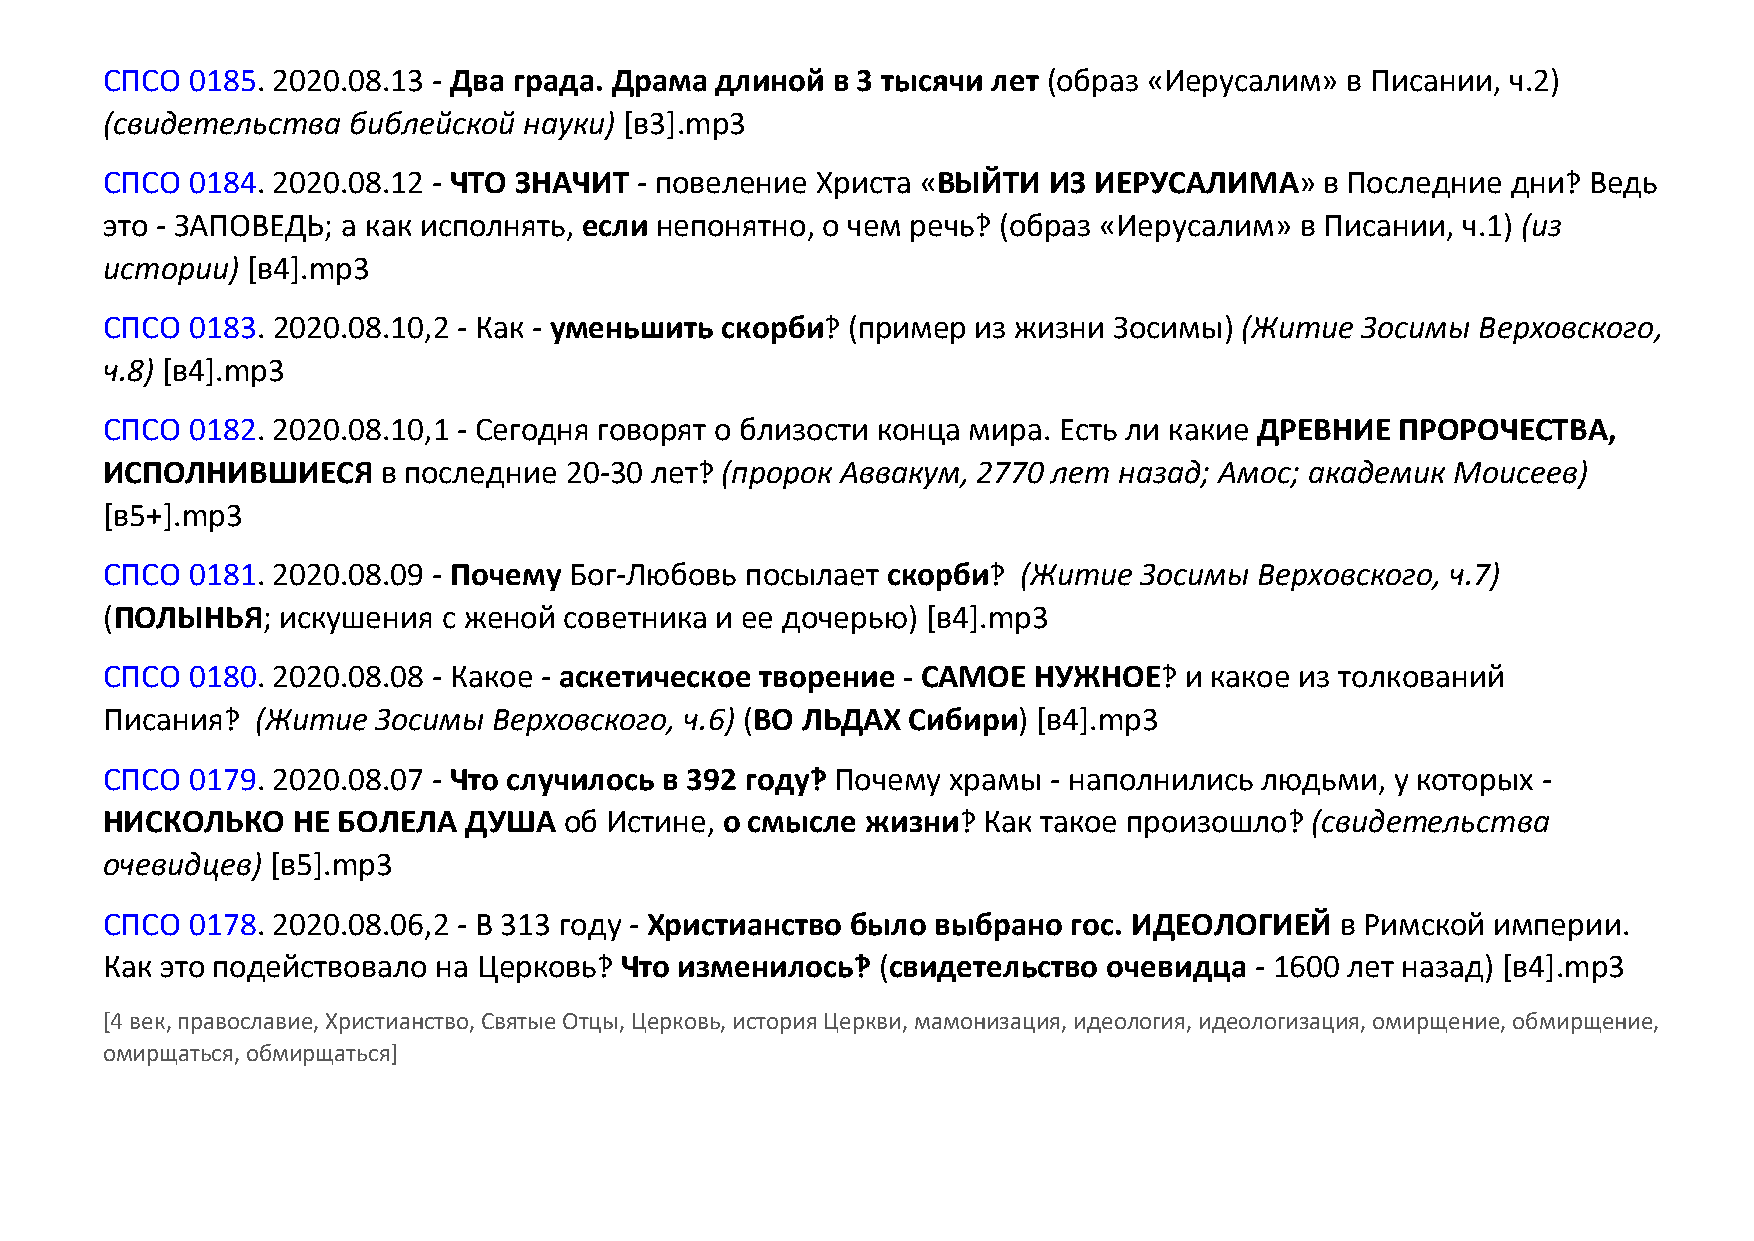
СПСО  0185. 2020.08.13 - Два града. Драма длиной в 3 тысячи лет (образ «Иерусалим» в Писании, ч.2)
 (свидетельства  библейской  науки) [в3].mp3
 СПСО  0184. 2020.08.12 - ЧТО ЗНАЧИТ - повеление Христа «ВЫЙТИ ИЗ ИЕРУСАЛИМА»     в Последние дни‽ Ведь
 это - ЗАПОВЕДЬ; а как исполнять, если непонятно, о чем речь‽ (образ «Иерусалим» в Писании, ч.1) (из
 истории) [в4].mp3
 СПСО  0183. 2020.08.10,2 - Как - уменьшить скорби‽ (пример из жизни Зосимы) (Житие Зосимы  Верховского,
 ч.8) [в4].mp3
 СПСО  0182. 2020.08.10,1 - Сегодня говорят о близости конца мира. Есть ли какие ДРЕВНИЕ ПРОРОЧЕСТВА,
 ИСПОЛНИВШИЕСЯ     в последние 20-30 лет‽ (пророк Аввакум, 2770 лет назад; Амос; академик Моисеев)
 [в5+].mp3
 СПСО  0181. 2020.08.09 - Почему Бог-Любовь посылает скорби‽  (Житие  Зосимы Верховского, ч.7)
 (ПОЛЫНЬЯ;   искушения с женой советника и ее дочерью) [в4].mp3
 СПСО  0180. 2020.08.08 - Какое - аскетическое творение - САМОЕ НУЖНОЕ‽ и какое из толкований
 Писания‽  (Житие  Зосимы  Верховского, ч.6) (ВО ЛЬДАХ Сибири) [в4].mp3
 СПСО  0179. 2020.08.07 - Что случилось в 392 году‽ Почему храмы - наполнились людьми, у которых -
 НИСКОЛЬКО   НЕ БОЛЕЛА   ДУША  об Истине, о смысле жизни‽  Как такое произошло‽  (свидетельства
 очевидцев) [в5].mp3
 СПСО  0178. 2020.08.06,2 - В 313 году - Христианство было выбрано гос. ИДЕОЛОГИЕЙ в Римской империи.
 Как это подействовало на Церковь‽ Что изменилось‽  (свидетельство очевидца  - 1600 лет назад) [в4].mp3
 [4 век, православие, Христианство, Святые Отцы, Церковь, история Церкви, мамонизация, идеология, идеологизация, омирщение, обмирщение,
 омирщаться, обмирщаться]